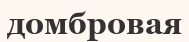
домбровая